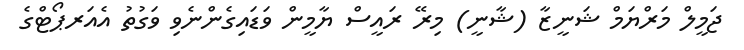
ޖަމީލް މަރްޔަމް ޝަނީޒާ (ޝާނީ) މިރޭ ރައީސް ޔާމީން ވަޑައިގެންނެވި ވަގުތު އެއަރޕޯޓްގެ